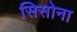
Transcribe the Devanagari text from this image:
सिसोना